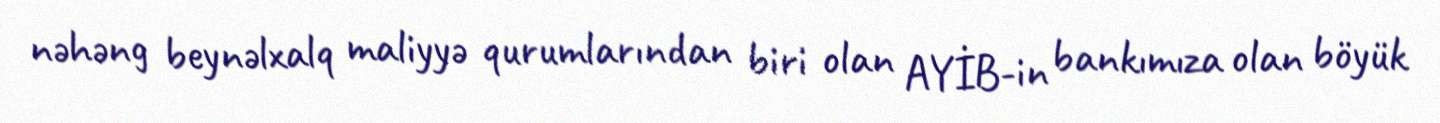
nəhəng beynəlxalq maliyyə qurumlarından biri olan AYİB-in bankımıza olan böyük